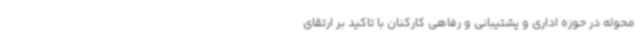
محوله در حوزه اداری و پشتیبانی و رفاهی کارکنان با تاکید بر ارتقای